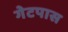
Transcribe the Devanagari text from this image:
गेटपास